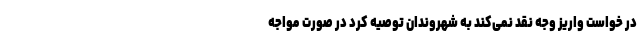
در خواست واریز وجه نقد نمی‌کند به شهروندان توصیه کرد در صورت مواجه